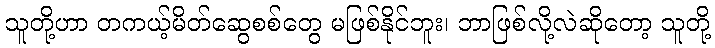
သူတို့ဟာ တကယ့်မိတ်ဆွေစစ်တွေ မဖြစ်နိုင်ဘူး၊ ဘာဖြစ်လို့လဲဆိုတော့ သူတို့